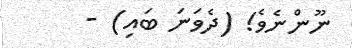
ނޫންނެވެ! (ދެވަނަ ބައި) -